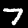
Label: 7